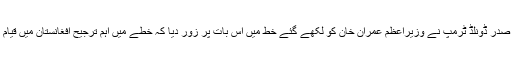
امریکی صدر ڈونلڈ ٹرمپ نے وزیراعظم عمران خان کو لکھے گئے خط میں اس بات پر زور دیا کہ خطے میں اہم ترجیح افغانستان میں قیام امن ہے۔